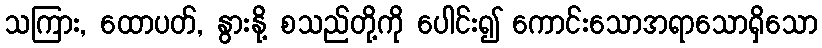
သကြား, ထောပတ်, နွားနို့ စသည်တို့ကို ပေါင်း၍ ကောင်းသောအရာသောရှိသော